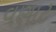
વણાટ